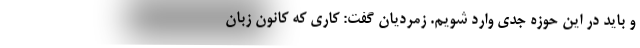
و باید در این حوزه جدی وارد شویم. زمردیان گفت: کاری که کانون زبان